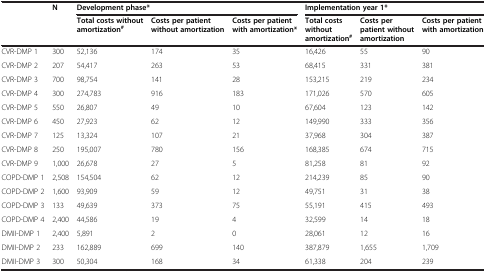
<table><thead><tr><td><b> </b></td><td><b>N</b></td><td colspan="3"><b>Development phase*</b></td><td colspan="3"><b>Implementation year 1*</b></td></tr><tr><td><b> </b></td><td><b> </b></td><td><b>Total costs without amortization<sup>#</sup></b></td><td><b>Costs per patient without amortization</b></td><td><b>Costs per patient with amortization*</b></td><td><b>Total costs without amortization<sup>#</sup></b></td><td><b>Costs per patient without amortization</b></td><td><b>Costs per patient with amortization</b></td></tr></thead><tbody><tr><td>CVR-DMP 1</td><td>300</td><td>52,136</td><td>174</td><td>35</td><td>16,426</td><td>55</td><td>90</td></tr><tr><td>CVR-DMP 2</td><td>207</td><td>54,417</td><td>263</td><td>53</td><td>68,415</td><td>331</td><td>381</td></tr><tr><td>CVR-DMP 3</td><td>700</td><td>98,754</td><td>141</td><td>28</td><td>153,215</td><td>219</td><td>234</td></tr><tr><td>CVR-DMP 4</td><td>300</td><td>274,783</td><td>916</td><td>183</td><td>171,026</td><td>570</td><td>605</td></tr><tr><td>CVR-DMP 5</td><td>550</td><td>26,807</td><td>49</td><td>10</td><td>67,604</td><td>123</td><td>142</td></tr><tr><td>CVR-DMP 6</td><td>450</td><td>27,923</td><td>62</td><td>12</td><td>149,990</td><td>333</td><td>356</td></tr><tr><td>CVR-DMP 7</td><td>125</td><td>13,324</td><td>107</td><td>21</td><td>37,968</td><td>304</td><td>387</td></tr><tr><td>CVR-DMP 8</td><td>250</td><td>195,007</td><td>780</td><td>156</td><td>168,385</td><td>674</td><td>715</td></tr><tr><td>CVR-DMP 9</td><td>1,000</td><td>26,678</td><td>27</td><td>5</td><td>81,258</td><td>81</td><td>92</td></tr><tr><td>COPD-DMP 1</td><td>2,508</td><td>154,504</td><td>62</td><td>12</td><td>214,239</td><td>85</td><td>90</td></tr><tr><td>COPD-DMP 2</td><td>1,600</td><td>93,909</td><td>59</td><td>12</td><td>49,751</td><td>31</td><td>38</td></tr><tr><td>COPD-DMP 3</td><td>133</td><td>49,639</td><td>373</td><td>75</td><td>55,191</td><td>415</td><td>493</td></tr><tr><td>COPD-DMP 4</td><td>2,400</td><td>44,586</td><td>19</td><td>4</td><td>32,599</td><td>14</td><td>18</td></tr><tr><td>DMII-DMP 1</td><td>2,400</td><td>5,891</td><td>2</td><td>0</td><td>28,061</td><td>12</td><td>16</td></tr><tr><td>DMII-DMP 2</td><td>233</td><td>162,889</td><td>699</td><td>140</td><td>387,879</td><td>1,655</td><td>1,709</td></tr><tr><td>DMII-DMP 3</td><td>300</td><td>50,304</td><td>168</td><td>34</td><td>61,338</td><td>204</td><td>239</td></tr></tbody></table>